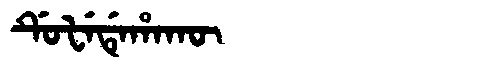
Manchu: ᡩᡠᡶᡝᡩᡝᡥᠠᡴᡡ
Romanization: DUFEDEHAKŪ